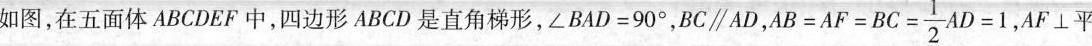
如图，在五面体ABCDEF中，四边形ABCD是直角梯形，∠BAD=90°，BC∥AD， $$B=AF=BC= \frac{1}{2}AD=1,$$ AF⊥平